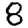
Digit: 8